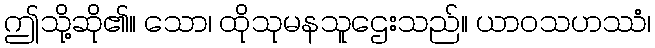
ဤသို့ဆို၏။ သော၊ ထိုသုမနသူဌေးသည်။ ယာဝသဟဿံ၊